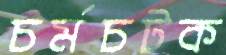
চর্মচটক